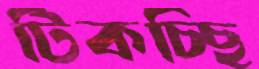
টিকচ্ছি